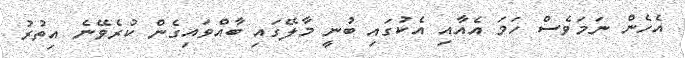
އެހެން ނަމަވެސް ހަމަ އެއާއި އެކުގައި ބުނީ މާލޭގައި ބާއްވައިގެން ކުރެވޭނެ އިތުރު